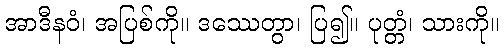
အာဒီနဝံ၊ အပြစ်ကို။ ဒဿေတွာ၊ ပြ၍။ ပုတ္တံ၊ သားကို။